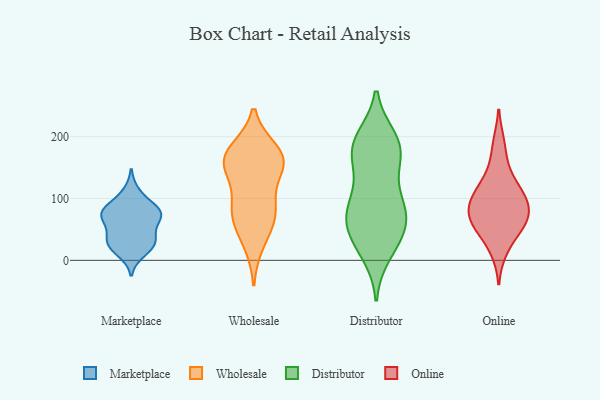
{"axis": {"x": "Temperature (°C)", "y": "Value"}, "legend": ["Distributor", "Marketplace", "Online", "Wholesale"], "data": [{"x": "", "y": 27, "type": "Marketplace"}, {"x": "", "y": 13, "type": "Marketplace"}, {"x": "", "y": 75, "type": "Marketplace"}, {"x": "", "y": 110, "type": "Marketplace"}, {"x": "", "y": 36, "type": "Marketplace"}, {"x": "", "y": 83, "type": "Marketplace"}, {"x": "", "y": 69, "type": "Marketplace"}, {"x": "", "y": 72, "type": "Marketplace"}, {"x": "", "y": 53, "type": "Marketplace"}, {"x": "", "y": 27, "type": "Marketplace"}, {"x": "", "y": 84, "type": "Marketplace"}, {"x": "", "y": 27, "type": "Marketplace"}, {"x": "", "y": 77, "type": "Marketplace"}, {"x": "", "y": 176, "type": "Wholesale"}, {"x": "", "y": 170, "type": "Wholesale"}, {"x": "", "y": 153, "type": "Wholesale"}, {"x": "", "y": 160, "type": "Wholesale"}, {"x": "", "y": 72, "type": "Wholesale"}, {"x": "", "y": 94, "type": "Wholesale"}, {"x": "", "y": 28, "type": "Wholesale"}, {"x": "", "y": 65, "type": "Wholesale"}, {"x": "", "y": 155, "type": "Wholesale"}, {"x": "", "y": 82, "type": "Wholesale"}, {"x": "", "y": 160, "type": "Wholesale"}, {"x": "", "y": 164, "type": "Distributor"}, {"x": "", "y": 44, "type": "Distributor"}, {"x": "", "y": 75, "type": "Distributor"}, {"x": "", "y": 84, "type": "Distributor"}, {"x": "", "y": 51, "type": "Distributor"}, {"x": "", "y": 102, "type": "Distributor"}, {"x": "", "y": 42, "type": "Distributor"}, {"x": "", "y": 93, "type": "Distributor"}, {"x": "", "y": 156, "type": "Distributor"}, {"x": "", "y": 72, "type": "Distributor"}, {"x": "", "y": 198, "type": "Distributor"}, {"x": "", "y": 155, "type": "Distributor"}, {"x": "", "y": 10, "type": "Distributor"}, {"x": "", "y": 191, "type": "Distributor"}, {"x": "", "y": 93, "type": "Distributor"}, {"x": "", "y": 50, "type": "Distributor"}, {"x": "", "y": 197, "type": "Distributor"}, {"x": "", "y": 188, "type": "Distributor"}, {"x": "", "y": 178, "type": "Distributor"}, {"x": "", "y": 16, "type": "Distributor"}, {"x": "", "y": 72, "type": "Online"}, {"x": "", "y": 86, "type": "Online"}, {"x": "", "y": 74, "type": "Online"}, {"x": "", "y": 62, "type": "Online"}, {"x": "", "y": 92, "type": "Online"}, {"x": "", "y": 48, "type": "Online"}, {"x": "", "y": 103, "type": "Online"}, {"x": "", "y": 51, "type": "Online"}, {"x": "", "y": 15, "type": "Online"}, {"x": "", "y": 116, "type": "Online"}, {"x": "", "y": 190, "type": "Online"}, {"x": "", "y": 117, "type": "Online"}, {"x": "", "y": 151, "type": "Online"}]}